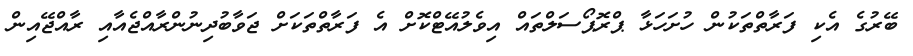
ބޭރުގެ އެކި ފަރާތްތަކުން ހުށަހަޅާ ޕްރޮޕޯސަލްތައް އިވެލުއޭޓްކޮށް އެ ފަރާތްތަކަށް ޖަވާބުދިނުންރާއްޖެއާއި ރާއްޖޭއިން